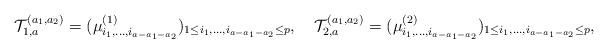
LaTeX: \begin{align*}\mathcal{T}_{1,a}^{(a_1,a_2)}=(\mu_{i_1,\ldots,i_{a-a_1-a_2}}^{(1)})_{1\leq i_1,\ldots,i_{a-a_1-a_2}\leq p},\quad\mathcal{T}_{2,a}^{(a_1,a_2)}=(\mu_{i_1,\ldots,i_{a-a_1-a_2}}^{(2)})_{1\leq i_1,\ldots,i_{a-a_1-a_2}\leq p},\end{align*}